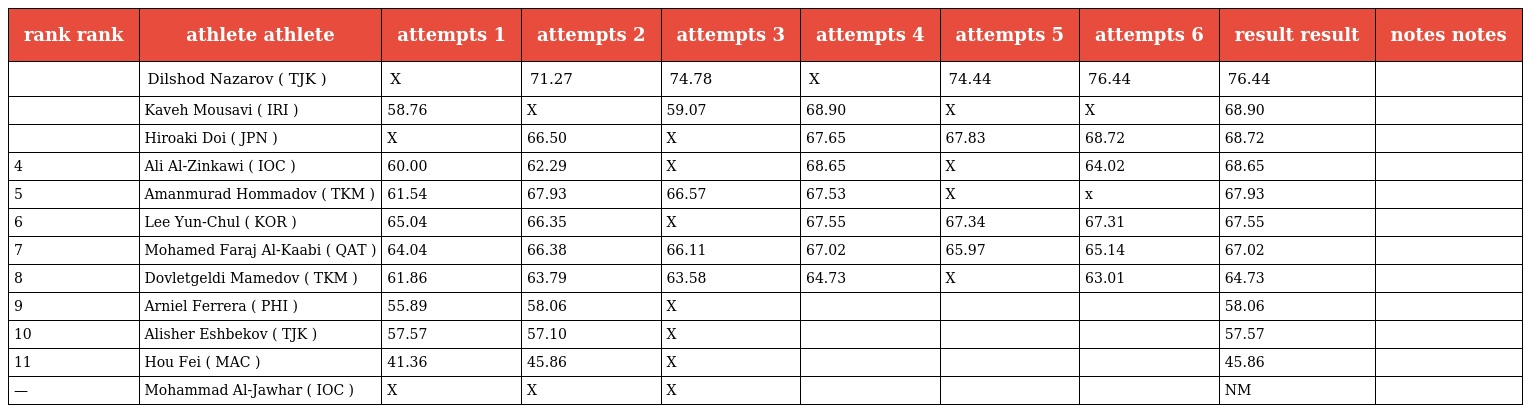
| rank rank | athlete athlete | attempts 1 | attempts 2 | attempts 3 | attempts 4 | attempts 5 | attempts 6 | result result | notes notes |
 | --- | --- | --- | --- | --- | --- | --- | --- | --- | --- |
 |  | Dilshod Nazarov ( TJK ) | X | 71.27 | 74.78 | X | 74.44 | 76.44 | 76.44 |  |
 |  | Kaveh Mousavi ( IRI ) | 58.76 | X | 59.07 | 68.90 | X | X | 68.90 |  |
 |  | Hiroaki Doi ( JPN ) | X | 66.50 | X | 67.65 | 67.83 | 68.72 | 68.72 |  |
 | 4 | Ali Al-Zinkawi ( IOC ) | 60.00 | 62.29 | X | 68.65 | X | 64.02 | 68.65 |  |
 | 5 | Amanmurad Hommadov ( TKM ) | 61.54 | 67.93 | 66.57 | 67.53 | X | x | 67.93 |  |
 | 6 | Lee Yun-Chul ( KOR ) | 65.04 | 66.35 | X | 67.55 | 67.34 | 67.31 | 67.55 |  |
 | 7 | Mohamed Faraj Al-Kaabi ( QAT ) | 64.04 | 66.38 | 66.11 | 67.02 | 65.97 | 65.14 | 67.02 |  |
 | 8 | Dovletgeldi Mamedov ( TKM ) | 61.86 | 63.79 | 63.58 | 64.73 | X | 63.01 | 64.73 |  |
 | 9 | Arniel Ferrera ( PHI ) | 55.89 | 58.06 | X |  |  |  | 58.06 |  |
 | 10 | Alisher Eshbekov ( TJK ) | 57.57 | 57.10 | X |  |  |  | 57.57 |  |
 | 11 | Hou Fei ( MAC ) | 41.36 | 45.86 | X |  |  |  | 45.86 |  |
 | — | Mohammad Al-Jawhar ( IOC ) | X | X | X |  |  |  | NM |  |